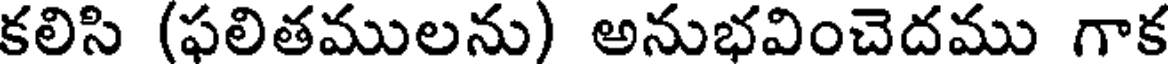
కలిసి (ఫలితములను) అనుభవించెదము గాక